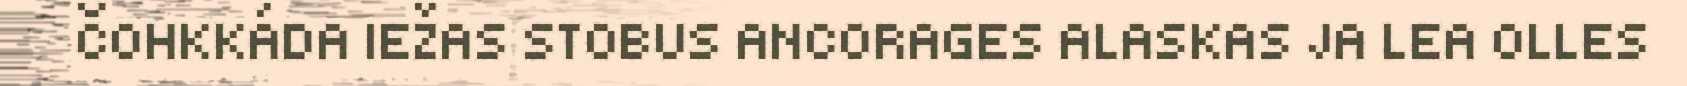
ČOHKKÁDA IEŽAS STOBUS ANCORAGES ALASKAS JA LEA OLLES